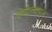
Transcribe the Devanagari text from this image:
क्यीरबायज